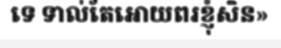
ទេ ទាល់តែអោយពរខ្ញុំសិន»